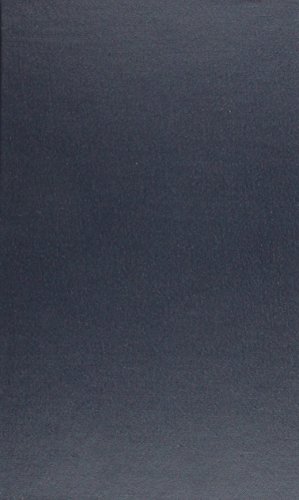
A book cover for Property Insurance (Yale Readings in Insurance); Business & Money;